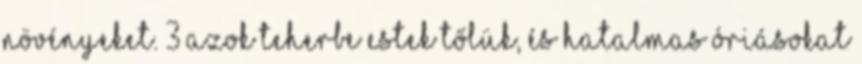
növényeket. 3 Azok teherbe estek tőlük, és hatalmas óriásokat